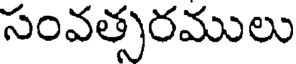
సంవత్సరములు